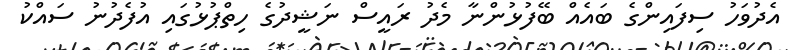
އެދުވަހު ސިފައިންގެ ބައެއް ބޭފުޅުންނާ މެދު ރައީސް ނަޝީދުގެ ހިތްޕުޅުގައި އުފެދުނު ސައްކު